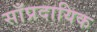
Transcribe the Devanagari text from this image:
साँप्रदायिक